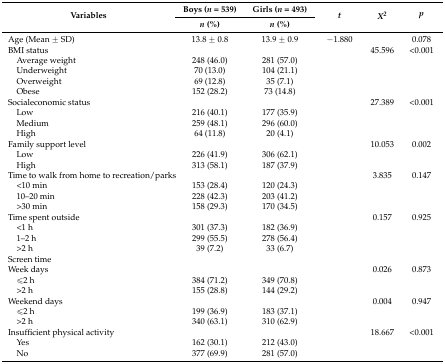
<table><thead><tr><td rowspan="2"><b>Variables</b></td><td><b>Boys (<i>n</i> = 539)</b></td><td><b>Girls (<i>n</i> = 493)</b></td><td rowspan="2"><b><i>t</i></b></td><td rowspan="2"><b><i>X<sup>2</sup></i></b></td><td rowspan="2"><b><i>p</i></b></td></tr><tr><td><b><i>n</i> (%)</b></td><td><b><i>n</i> (%)</b></td></tr></thead><tbody><tr><td>Age (Mean ± SD)</td><td>13.8 ± 0.8</td><td>13.9 ± 0.9</td><td>−1.880</td><td></td><td>0.078</td></tr><tr><td>BMI status</td><td></td><td></td><td></td><td>45.596</td><td>&lt;0.001</td></tr><tr><td> Average weight</td><td>248 (46.0)</td><td>281 (57.0)</td><td></td><td></td><td></td></tr><tr><td> Underweight</td><td>70 (13.0)</td><td>104 (21.1)</td><td></td><td></td><td></td></tr><tr><td> Overweight</td><td>69 (12.8)</td><td>35 (7.1)</td><td></td><td></td><td></td></tr><tr><td> Obese</td><td>152 (28.2)</td><td>73 (14.8)</td><td></td><td></td><td></td></tr><tr><td>Socialeconomic status</td><td></td><td></td><td></td><td>27.389</td><td>&lt;0.001</td></tr><tr><td> Low</td><td>216 (40.1)</td><td>177 (35.9)</td><td></td><td></td><td></td></tr><tr><td> Medium</td><td>259 (48.1)</td><td>296 (60.0)</td><td></td><td></td><td></td></tr><tr><td> High</td><td>64 (11.8)</td><td>20 (4.1)</td><td></td><td></td><td></td></tr><tr><td>Family support level</td><td></td><td></td><td></td><td>10.053</td><td>0.002</td></tr><tr><td> Low</td><td>226 (41.9)</td><td>306 (62.1)</td><td></td><td></td><td></td></tr><tr><td> High</td><td>313 (58.1)</td><td>187 (37.9)</td><td></td><td></td><td></td></tr><tr><td>Time to walk from home to recreation/parks</td><td></td><td></td><td></td><td>3.835</td><td>0.147</td></tr><tr><td> &lt;10 min</td><td>153 (28.4)</td><td>120 (24.3)</td><td></td><td></td><td></td></tr><tr><td> 10–20 min</td><td>228 (42.3)</td><td>203 (41.2)</td><td></td><td></td><td></td></tr><tr><td> &gt;30 min</td><td>158 (29.3)</td><td>170 (34.5)</td><td></td><td></td><td></td></tr><tr><td>Time spent outside</td><td></td><td></td><td></td><td>0.157</td><td>0.925</td></tr><tr><td> &lt;1 h</td><td>301 (37.3)</td><td>182 (36.9)</td><td></td><td></td><td></td></tr><tr><td> 1–2 h</td><td>299 (55.5)</td><td>278 (56.4)</td><td></td><td></td><td></td></tr><tr><td> &gt;2 h</td><td>39 (7.2)</td><td>33 (6.7)</td><td></td><td></td><td></td></tr><tr><td>Screen time</td><td></td><td></td><td></td><td></td><td></td></tr><tr><td>Week days</td><td></td><td></td><td></td><td>0.026</td><td>0.873</td></tr><tr><td> ≤2 h</td><td>384 (71.2)</td><td>349 (70.8)</td><td></td><td></td><td></td></tr><tr><td> &gt;2 h</td><td>155 (28.8)</td><td>144 (29.2)</td><td></td><td></td><td></td></tr><tr><td>Weekend days</td><td></td><td></td><td></td><td>0.004</td><td>0.947</td></tr><tr><td> ≤2 h</td><td>199 (36.9) </td><td>183 (37.1)</td><td></td><td></td><td></td></tr><tr><td> &gt;2 h</td><td>340 (63.1)</td><td>310 (62.9)</td><td></td><td></td><td></td></tr><tr><td>Insufficient physical activity</td><td></td><td></td><td></td><td>18.667</td><td>&lt;0.001</td></tr><tr><td> Yes</td><td>162 (30.1)</td><td>212 (43.0)</td><td></td><td></td><td></td></tr><tr><td> No</td><td>377 (69.9)</td><td>281 (57.0)</td><td></td><td></td><td></td></tr></tbody></table>